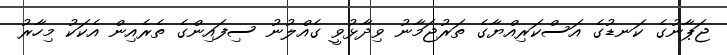
ޖަޕާނުގެ ކަނޑުގެ އަސްކަރިއްޔާގެ ތަރުޖަމާނު ވިދާޅުވީ ގެއްލުނު ސިފައިންގެ ތެރެއިން އެކަކު މިހާރު